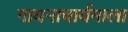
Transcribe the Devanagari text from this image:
गायनाचार्यमाला